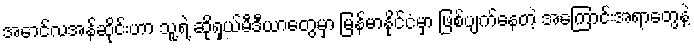
အောင်လအန်ဆိုင်းဟာ သူ့ရဲ့ ဆိုရှယ်မီဒီယာတွေမှာ မြန်မာနိုင်ငံမှာ ဖြစ်ပျက်နေတဲ့ အကြောင်းအရာတွေနဲ့